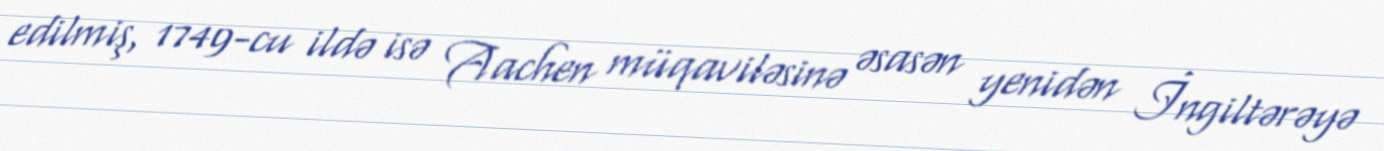
edilmiş, 1749-cu ildə isə Aachen müqaviləsinə əsasən yenidən İngiltərəyə